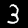
Digit: 3